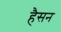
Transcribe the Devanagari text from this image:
हैसन